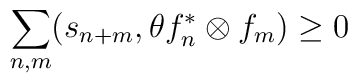
\sum_{n,m} (s_{n + m},\theta f_{n}^{\ast }\otimes f_{m}) \geq 0